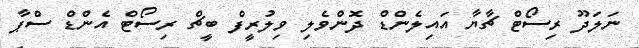
ނަލަދޫ ރިސޯޓް ޗާޔާ އައިލެންޑް ދޮންވެލި ވިލުރީފް ބީޗް ރިސޯޓް އެންޑް ސްޕާ